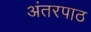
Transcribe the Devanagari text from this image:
अंतरपाठ